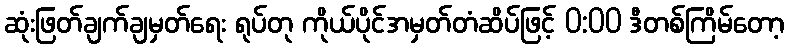
ဆုံးဖြတ်ချက်ချမှတ်ရေး ရုပ်တု ကိုယ်ပိုင်အမှတ်တံဆိပ်ဖြင့် 0:00 ဒီတစ်ကြိမ်တော့